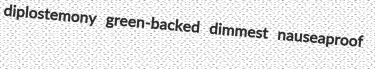
diplostemony green-backed dimmest nauseaproof